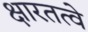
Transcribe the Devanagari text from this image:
क्षारतत्वे